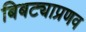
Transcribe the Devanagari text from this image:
बिबट्याप्रणव